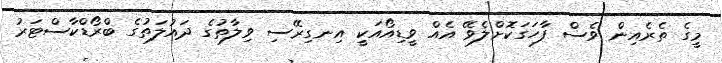
މީގެ ތެރެއިން ވެސް ފާހަގަކޮށްލެވޭ އެއް ވީޑިއޯއަކީ އިނގިރޭސި ވިލާތުގެ ދައުލަތުގެ ބްރޯޑްކާސްޓަރު